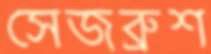
সেজব্রুশ